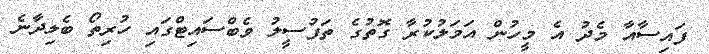
ފައިސާއާ މެދު އެ މީހުން އަމަލުކުރާ ގޮތުގެ ތަފުސީލު ވެބްސައިޓްގައި ހުރިތޯ ބެލިދާނެ